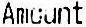
AMOUNT